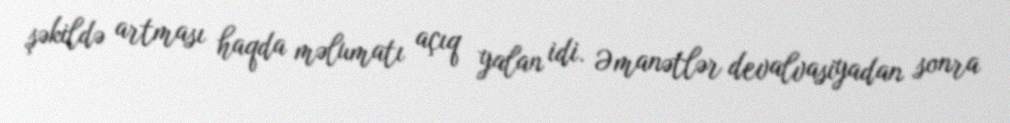
şəkildə artması haqda məlumatı açıq yalan idi. Əmanətlər devalvasiyadan sonra